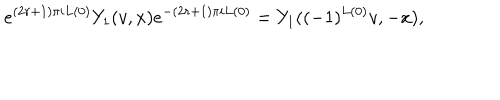
e ^ { ( 2 r + 1 ) \pi i L ( 0 ) } Y _ { 1 } ( v , x ) e ^ { - ( 2 r + 1 ) \pi i L ( 0 ) } = Y _ { 1 } ( ( - 1 ) ^ { L ( 0 ) } v , - x ) ,